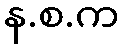
န.စ.က